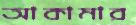
আকামার